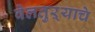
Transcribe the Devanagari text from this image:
वेलतुऱ्याचे